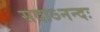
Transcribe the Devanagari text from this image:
सदाऽनन्दः